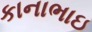
કાનાભાઇ